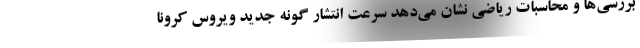
بررسی‌ها و محاسبات ریاضی نشان می‌دهد سرعت انتشار گونه جدید ویروس کرونا